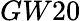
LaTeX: GW20